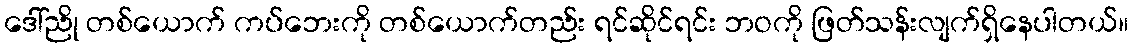
ဒေါ်ညို တစ်ယောက် ကပ်ဘေးကို တစ်ယောက်တည်း ရင်ဆိုင်ရင်း ဘဝကို ဖြတ်သန်းလျက်ရှိနေပါတယ်။